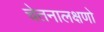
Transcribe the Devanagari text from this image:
चेतनालक्षणो